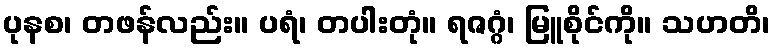
ပုနစ၊ တဖန်လည်း။ ပရံ၊ တပါးတုံ။ ရဇဂ္ဂံ၊ မြူစိုင်ကို။ သဟတိ၊